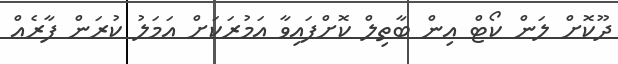
ދޫކޮށް ލަން ކޯޓް އިން ބާތިލް ކޮށްފައިވާ އަމުރަކަށް އަމަލު ކުރަން ފާރެއް